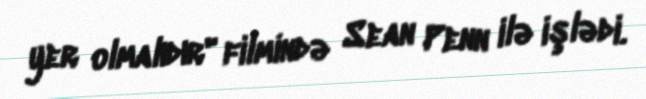
yer olmalıdır" filmində Sean Penn ilə işlədi.